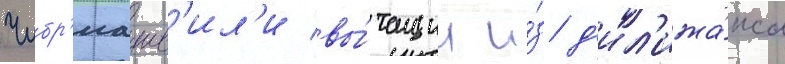
Чибр'иашв'ил'и вы́тащил и́з д'ил'ижа́нса